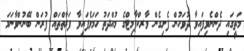
މަތީގައި ދެންނެވިފައިވާ ދުވަހުން ފެށިގެން ވާރކްޕާމިޓްގެ މުއްދަތު ހަމަވެފައިވާ ފަރާތްތައް ފުރަން ބޭނުންވާނަމަ